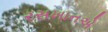
રસખાનએ